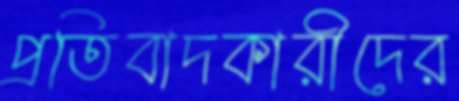
প্রতিবাদকারীদের